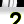
Digit: 2